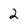
Character: 2